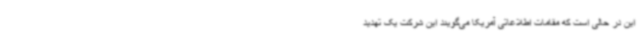
این در حالی است که مقامات اطلاعاتی آمریکا می‌گویند این شرکت یک تهدید